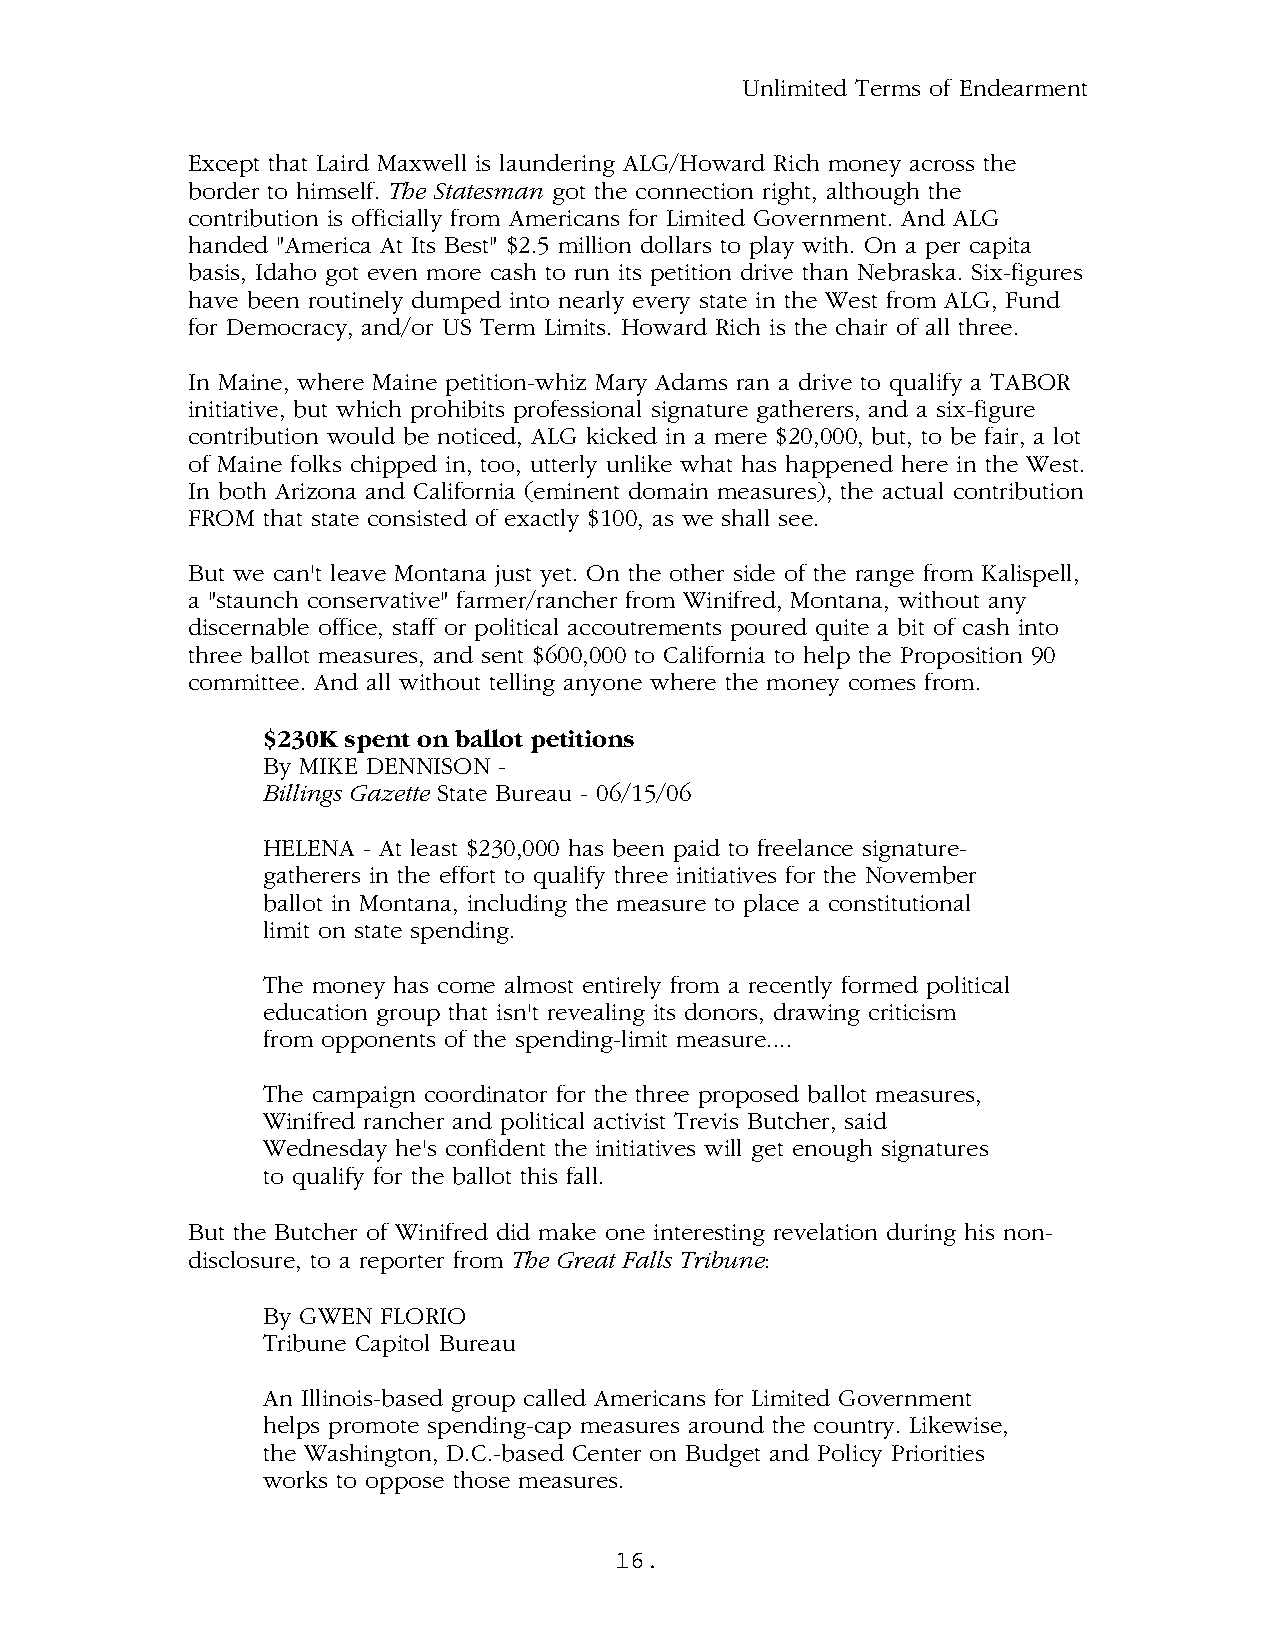
Unlimited Terms of Endearment
 Except that Laird Maxwell is laundering ALG/Howard Rich money across the
 border to himself. The Statesman got the connection right, although the
 contribution is officially from Americans for Limited Government. And ALG
 handed "America At Its Best" $2.5 million dollars to play with. On a per capita
 basis, Idaho got even more cash to run its petition drive than Nebraska. Six-figures
 have been routinely dumped into nearly every state in the West from ALG, Fund
 for Democracy, and/or US Term Limits. Howard Rich is the chair of all three.
 In Maine, where Maine petition-whiz Mary Adams ran a drive to qualify a TABOR
 initiative, but which prohibits professional signature gatherers, and a six-figure
 contribution would be noticed, ALG kicked in a mere $20,000, but, to be fair, a lot
 of Maine folks chipped in, too, utterly unlike what has happened here in the West.
 In both Arizona and California (eminent domain measures), the actual contribution
 FROM that state consisted of exactly $100, as we shall see.
 But we can't leave Montana just yet. On the other side of the range from Kalispell,
 a "staunch conservative" farmer/rancher from Winifred, Montana, without any
 discernable office, staff or political accoutrements poured quite a bit of cash into
 three ballot measures, and sent $600,000 to California to help the Proposition 90
 committee. And all without telling anyone where the money comes from.
 $230K spent on ballot petitions
 By MIKE DENNISON -
 Billings Gazette State Bureau - 06/15/06
 HELENA - At least $230,000 has been paid to freelance signature-
 gatherers in the effort to qualify three initiatives for the November
 ballot in Montana, including the measure to place a constitutional
 limit on state spending.
 The money has come almost entirely from a recently formed political
 education group that isn't revealing its donors, drawing criticism
 from opponents of the spending-limit measure....
 The campaign coordinator for the three proposed ballot measures,
 Winifred rancher and political activist Trevis Butcher, said
 Wednesday he's confident the initiatives will get enough signatures
 to qualify for the ballot this fall.
 But the Butcher of Winifred did make one interesting revelation during his non-
 disclosure, to a reporter from The Great Falls Tribune:
 By GWEN FLORIO
 Tribune Capitol Bureau
 An Illinois-based group called Americans for Limited Government
 helps promote spending-cap measures around the country. Likewise,
 the Washington, D.C.-based Center on Budget and Policy Priorities
 works to oppose those measures.
 16.